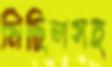
মিছিলসহ